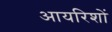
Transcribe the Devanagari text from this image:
आयरिशों